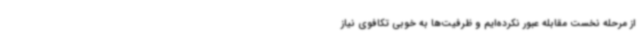
از مرحله نخست مقابله عبور نکرده‌ایم و ظرفیت‌ها به خوبی تکافوی نیاز